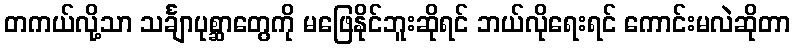
တကယ်လို့သာ သင်္ချာပုစ္ဆာတွေကို မဖြေနိုင်ဘူးဆိုရင် ဘယ်လိုရေးရင် ကောင်းမလဲဆိုတာ